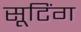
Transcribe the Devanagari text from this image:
सूटिंग